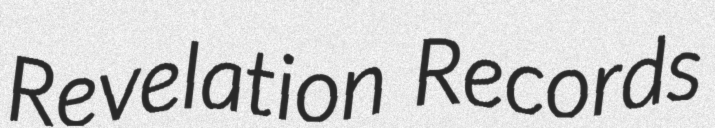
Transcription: Revelation Records